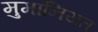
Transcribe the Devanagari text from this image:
मुमानियत